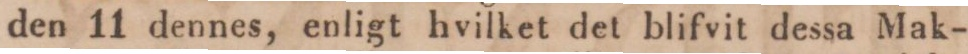
den 11 dennes, enligt hvilket det blifvit dessa Mak-